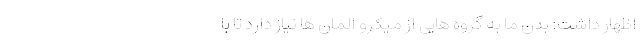
اظهار داشت: بدن ما به گروه هایی از میکرو المان ها نیاز دارد تا با